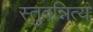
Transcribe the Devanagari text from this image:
स्तुवन्नित्यं